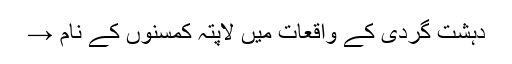
دہشت گردی کے واقعات میں لاپتہ کمسنوں کے نام →